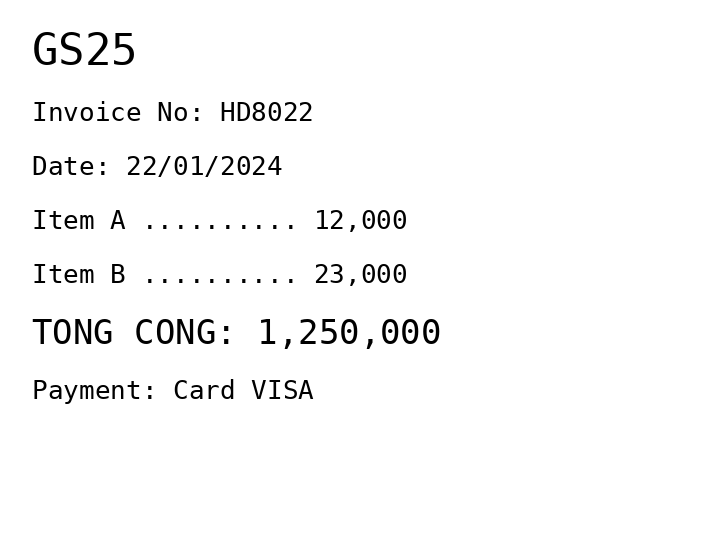
GS25
Invoice No: HD8022
Date: 22/01/2024
Item A .......... 12,000
Item B .......... 23,000
TONG CONG: 1,250,000
Payment: Card VISA
Merchant: gs25
Date: 2024-01-22
Total: 1250000
Invoice No: HD8022
Payment method: CARD